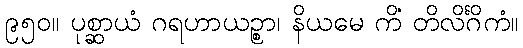
၉၅၀။ ပုစ္ဆာယံ ဂရဟာယဉ္စာ၊ နိယမေ ကိံ တိလိင်္ဂိကံ။